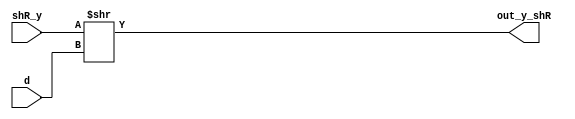
module Alignment_4_2 (shR_y , d , out_y_shR);
input [52:0]shR_y;
input [7:0]d;
output reg [52:0]out_y_shR;
always@(*)
begin
    out_y_shR = shR_y>>d;
end
endmodule